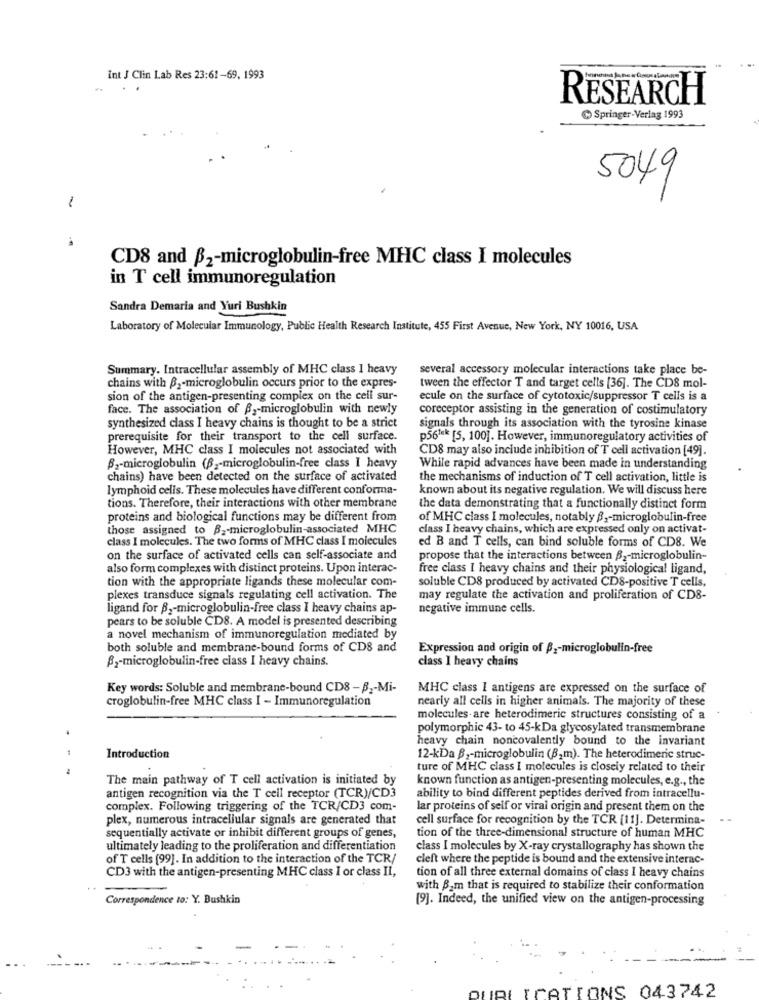
Int J Clin Lab Res 23:61-69, 1993
..
RESEARCH
Springer-Verlag 1993
5049
-
CD8 and B2-microglobulin-free MHC class I molecules
in T cell immunoregulation
Sandra Demaria and Yuri Bushkin
Laboratory of Molecular Immunology, Public Health Research Institute, 455 First Avenue, New York, NY 10016, USA
Summary. Intracellular assembly of MHC class I heavy
several accessory molecular interactions take place be-
chains with B2-microglobulin occurs prior to the expres-
tween the effector T and target cells [36]. The CDS mol-
sion of the antigen-presenting complex on the cell sur-
ecule on the surface of cytotoxic/suppressor T cells is a
face. The association of B ,- microglobulin with newly
coreceptor assisting in the generation of costimulatory
synthesized class I heavy chains is thought to be a strict
signals through its association with the tyrosine kinase
prerequisite for their transport to the cell surface.
p561* [5, 100]. However, immunoregulatory activities of
However, MHC class I molecules not associated with
CD8 may also include inhibition of T cell activation [49].
B2-microglobulin (62-microglobulin-free class I heavy
While rapid advances have been made in understanding
chains) have been detected on the surface of activated
the mechanisms of induction of T cell activation, little is
lymphoid cells. These molecules have different conforma-
known about its negative regulation. We will discuss here
tions. Therefore, their interactions with other membrane
the data demonstrating that a functionally distinct form
proteins and biological functions may be different from
of MHC class I molecules, notably B ,- microglobulin-free
those assigned to B .- microglobulin-associated MHC
class I heavy chains, which are expressed only on activat-
class I molecules. The two forms of MHC class I molecules
ed B and T cells, can bind soluble forms of CD8. We
on the surface of activated cells can self-associate and
propose that the interactions between B2-microglobulin-
also form complexes with distinct proteins. Upon interac-
free class I heavy chains and their physiological ligand,
tion with the appropriate ligands these molecular com-
soluble CD8 produced by activated CD8-positive T cells,
plexes transduce signals regulating cell activation. The
may regulate the activation and proliferation of CD8-
ligand for 82-microglobulin-free class I heavy chains ap-
negative immune cells.
pears to be soluble CD8. A model is presented describing
a novel mechanism of immunoregulation mediated by
both soluble and membrane-bound forms of CDS and
Expression and origin of #2-microglobulin-free
class I heavy chains
B2-microglobulin-free class I heavy chains.
Key words: Soluble and membrane-bound CD8 - B2-Mi-
MHC class I antigens are expressed on the surface of
croglobulin-free MHC class I - Immunoregulation
nearly all cells in higher animals. The majority of these
molecules- are heterodimeric structures consisting of a
.
polymorphic 43- to 45-kDa glycosylated transmembrane
heavy chain noncovalently bound to the invariant
Introduction
12-kDa B ,- microglobulin (B2m). The heterodimeric struc-
ture of MHC class I molecules is closely related to their
The main pathway of T cell activation is initiated by
known function as antigen-presenting molecules, e.g ., the
antigen recognition via the T cell receptor (TCR)/CD3
ability to bind different peptides derived from intracellu-
complex. Following triggering of the TCR/CD3 com-
lar proteins of self or viral origin and present them on the
plex, numerous intracellular signals are generated that
cell surface for recognition by the TCR [11]. Determina-
sequentially activate or inhibit different groups of genes,
tion of the three-dimensional structure of human MHC
ultimately leading to the proliferation and differentiation
class I molecules by X-ray crystallography has shown the
of T cells [99]. In addition to the interaction of the TCR/
cleft where the peptide is bound and the extensive interac-
CD3 with the antigen-presenting MHC class I or class II,
tion of all three external domains of class I heavy chains
..
with Bom that is required to stabilize their conformation
Correspondence to: Y. Bushkin
[9]. Indeed, the unified view on the antigen-processing
DURLICATIONS 043742